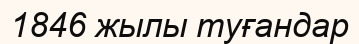
1846 жылы туғандар